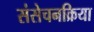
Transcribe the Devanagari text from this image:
संसेचनक्रिया